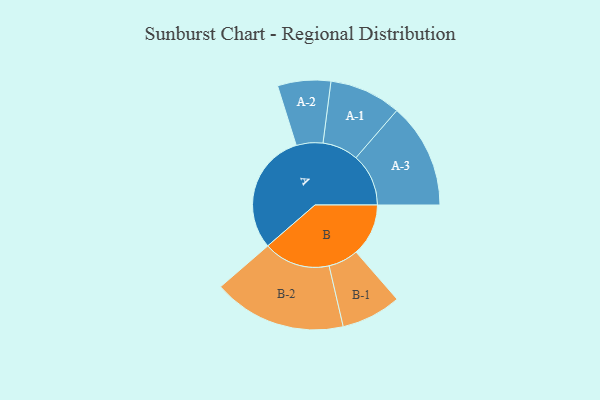
{"axis": {"x": "Segment", "y": "Value"}, "legend": ["", "A", "B"], "data": [{"x": "A", "y": 494, "type": ""}, {"x": "B", "y": 213, "type": ""}, {"x": "A-1", "y": 146, "type": "A"}, {"x": "A-2", "y": 108, "type": "A"}, {"x": "A-3", "y": 214, "type": "A"}, {"x": "B-1", "y": 122, "type": "B"}, {"x": "B-2", "y": 271, "type": "B"}]}